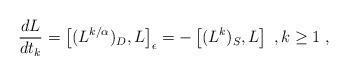
LaTeX: \begin{align*} \frac{d L}{d t_{k}} = \left[ (L^{k/\alpha})_{D} , L \right]_\epsilon =-\left[ (L^{k})_{S} , L \right] \; , k \geq 1 \; ,\end{align*}